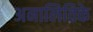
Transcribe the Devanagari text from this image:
अनालितिके